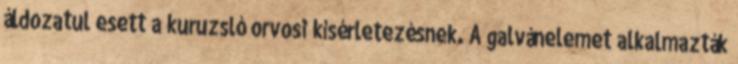
áldozatul esett a kuruzsló orvosi kísérletezésnek. A galvánelemet alkalmazták